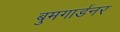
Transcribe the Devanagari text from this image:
बुमगार्डनर